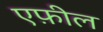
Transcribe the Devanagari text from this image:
एफ़ील